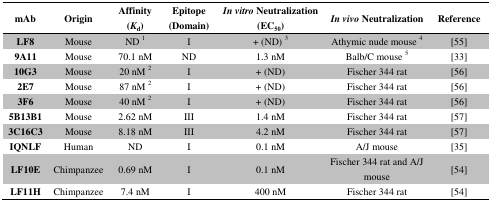
| mAb | Origin | Affinity (Kd) | Epitope (Domain) | In vitro Neutralization (EC50) | In vivo Neutralization | Reference |
 | --- | --- | --- | --- | --- | --- | --- |
 | LF8 | Mouse | ND 1 | I | + (ND) 3 | Athymic nude mouse 4 | [55] |
 | 9A11 | Mouse | 70.1 nM | ND | 1.3 nM | Balb/C mouse 5 | [33] |
 | 10G3 | Mouse | 20 nM 2 | I | + (ND) | Fischer 344 rat | [56] |
 | 2E7 | Mouse | 87 nM 2 | I | + (ND) | Fischer 344 rat | [56] |
 | 3F6 | Mouse | 40 nM 2 | I | + (ND) | Fischer 344 rat | [56] |
 | 5B13B1 | Mouse | 2.62 nM | III | 1.4 nM | Fischer 344 rat | [57] |
 | 3C16C3 | Mouse | 8.18 nM | III | 4.2 nM | Fischer 344 rat | [57] |
 | IQNLF | Human | ND | I | 0.1 nM | A/J mouse | [35] |
 | LF10E | Chimpanzee | 0.69 nM | I | 0.1 nM | Fischer 344 rat and A/J mouse | [54] |
 | LF11H | Chimpanzee | 7.4 nM | I | 400 nM | Fischer 344 rat | [54] |